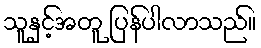
သူနှင့်အတူ ပြန်ပါလာသည်။